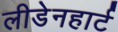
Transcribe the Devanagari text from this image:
लीडेनहार्ट